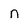
Character: n